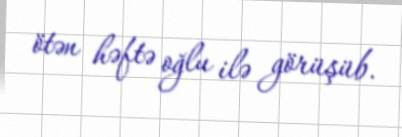
ötən həftə oğlu ilə görüşüb.